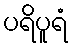
ပရိပူရံ